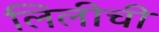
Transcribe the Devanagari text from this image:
लिलीची